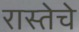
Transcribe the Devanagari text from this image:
रास्तेचे